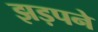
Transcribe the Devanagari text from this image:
झड़पने